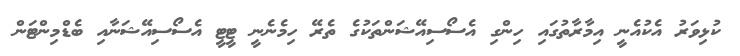
ކުޅިވަރު އެކުއެނީ އިމާރާތުގައި ހިންގި އެސޯސިއޭޝަންތަކުގެ ތެރޭ ހިމެނެނީ ޓީޓީ އެސޯސިއޭޝަނާއި ބެޑްމިންޓަން